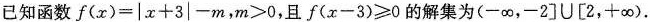
已知函数$$f ( x ) = | x + 3 | - m$$，$$m > 0$$，且$$f ( x - 3 ) ≥ 0$$的解集为(-∞，-2] \cup [2，+∞).